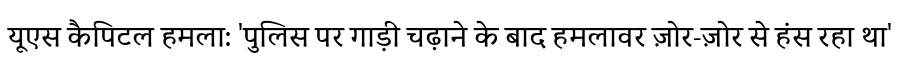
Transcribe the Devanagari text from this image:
यूएस कैपिटल हमला: 'पुलिस पर गाड़ी चढ़ाने के बाद हमलावर ज़ोर-ज़ोर से हंस रहा था'